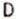
D